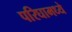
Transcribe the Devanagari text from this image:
परिघामध्ये